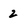
Character: 2